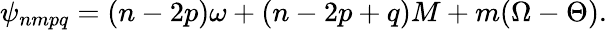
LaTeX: \psi_{nmpq}=(n-2p)\omega+(n-2p+q)M+m(\Omega-\Theta).